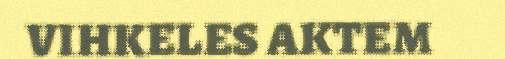
VIHKELES AKTEM